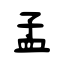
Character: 孟